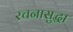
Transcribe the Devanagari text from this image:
रचनासुद्धा